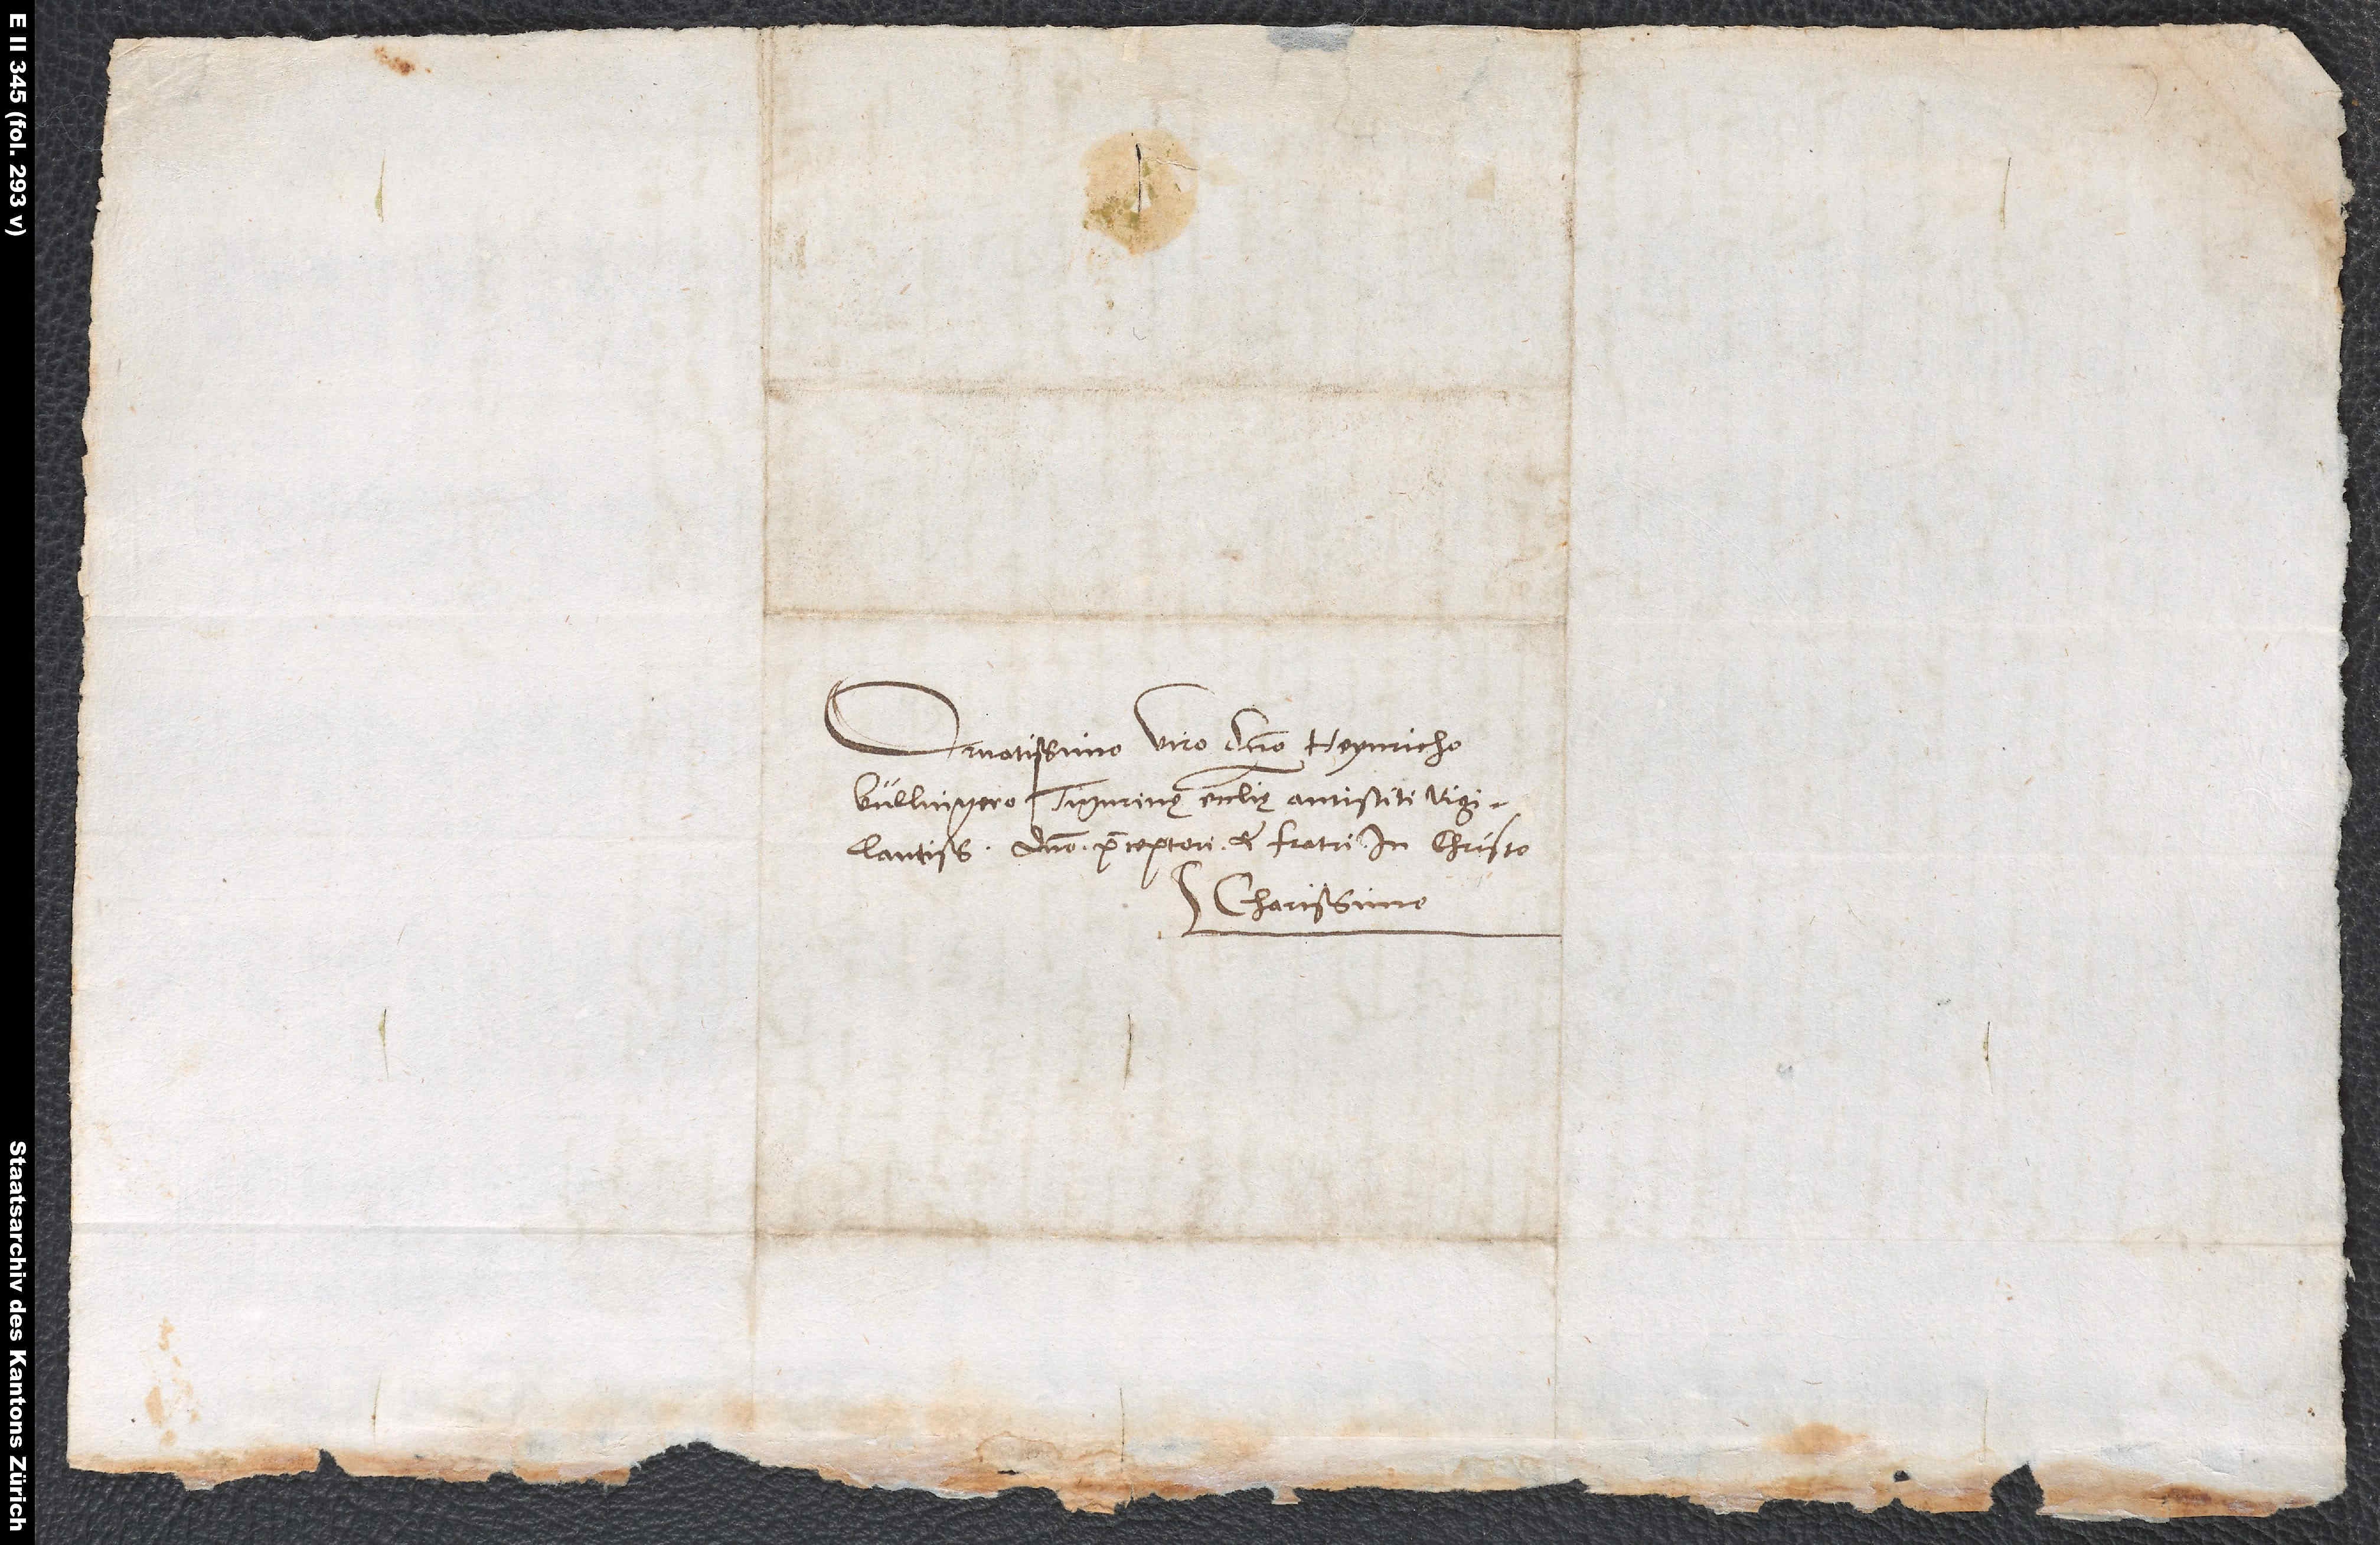
Ornatissimo viro domino Heynricho
Bullingero, Tigurinę ecclesię antistiti
vigilantissimo, domino praeceptori et fratri in Christo
charissimo.